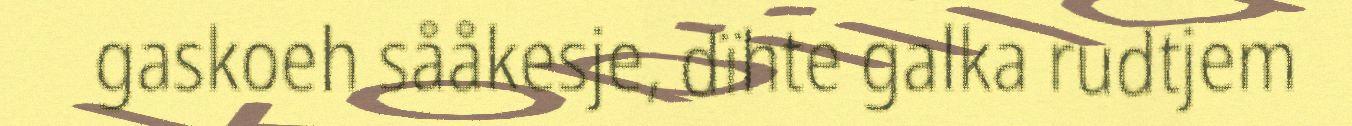
gaskoeh sååkesje, dïhte galka rudtjem